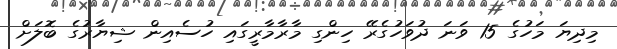
މިދިޔަ މަހުގެ 15 ވަނަ ދުވަހުގެރޭ ހިންގި މާރާމާރީގައި ހުސެއިން ޝިޔާރުގެ ބޮލަށް